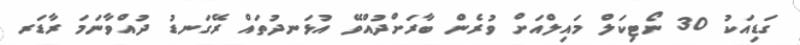
ގަޑިއަކު 30 ނޯޓިކަލް މައިލްއަށް ވުރެން ބާރަށްދުއްވޭ އުޅަނދުތައް ރޭގަނޑު ދުއްވާނަމަ ރާޑަރ